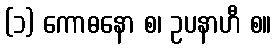
(၁) ကောဓနော စ၊ ဥပနာဟီ စ။